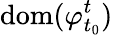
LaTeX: \mathrm{dom}(\varphi_{t_{0}}^{t})